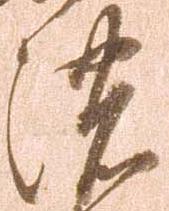
濃